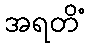
အရတိံ